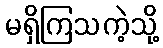
မရှိကြသကဲ့သို့